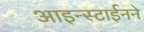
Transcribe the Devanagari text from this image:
आइन्स्टाईनने